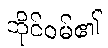
ထိုင်ဝမ်၏